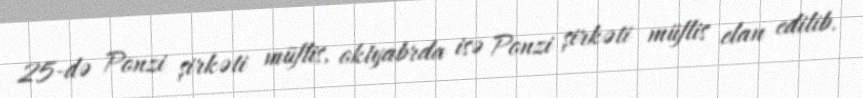
25-də Ponzi şirkəti müflis, oktyabrda isə Ponzi şirkəti müflis elan edilib.